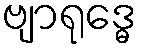
ဗျာရုဒ္ဓေ